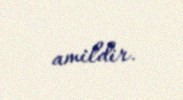
amildir.